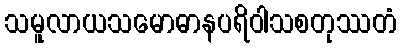
သမူလာယသမောဓာနပရိဝါသစတုဿတံ